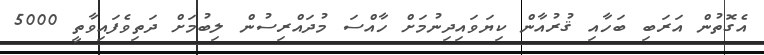
އެގޮތުން އަރަބި ބަހާއި ޤުރުއާން ކިޔަވައިދިނުމަށް ހާއްސަ މުދައްރިސުން ލިބުމަށް ދަތިވެފައިވާތީ 5000